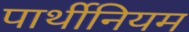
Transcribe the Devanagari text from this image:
पार्थीनियम